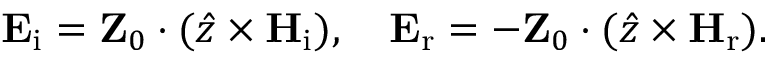
\mathbf { E } _ { \mathrm { i } } = \mathbf { Z } _ { 0 } \cdot ( \hat { z } \times \mathbf { H } _ { \mathrm { i } } ) , \quad \mathbf { E } _ { \mathrm { r } } = - \mathbf { Z } _ { 0 } \cdot ( \hat { z } \times \mathbf { H } _ { \mathrm { r } } ) .